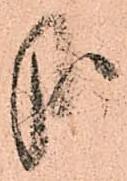
哉